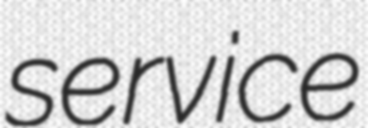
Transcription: service